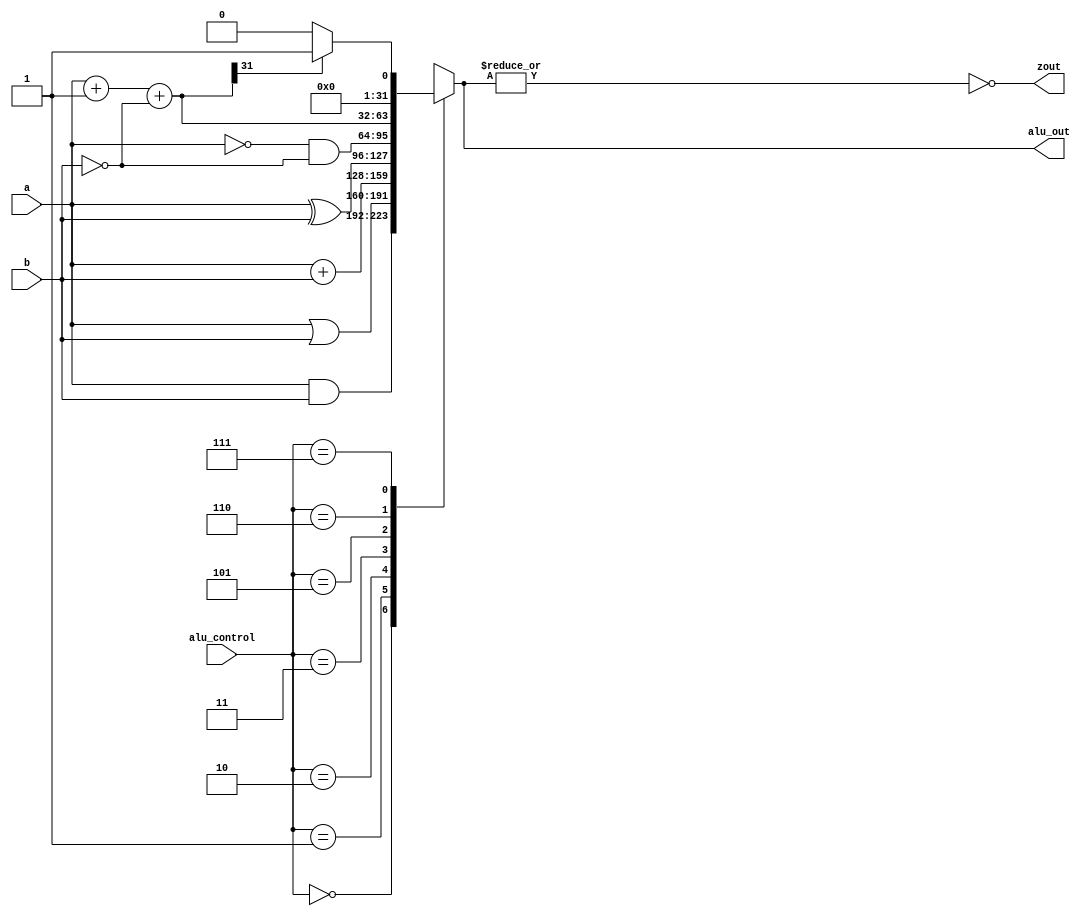
module alu32(alu_out, a, b, zout, alu_control);
output reg [31:0] alu_out;
input [31:0] a,b;
input [2:0] alu_control;

reg [31:0] less;
output zout;
reg zout;

always @(a or b or alu_control)
begin
	case(alu_control)
	3'b000: alu_out = a & b;
	3'b001: alu_out = a | b;
	3'b010: alu_out = a + b; 
	3'b011: alu_out = a ^ b; //bitwise XOR
	3'b101: alu_out = (~a & ~b);
	3'b110: alu_out = a+1+(~b);
	3'b111: begin less = a+1+(~b);
			if (less[31]) alu_out=1;
			else alu_out=0;
		end
	default: alu_out=31'bx;
	endcase
zout=~(|alu_out);
end
endmodule